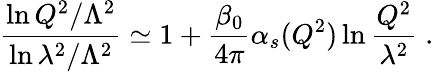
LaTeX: \frac{\ln Q^{2}/\Lambda^{2}}{\ln\lambda^{2}/\Lambda^{2}}\simeq 1+\frac{\beta_{0}}{4\pi}\alpha_{s}(Q^{2})\ln\frac{Q^{2}}{\lambda^{2}}\; .